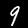
Digit: 9